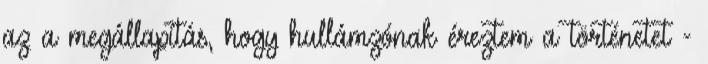
az a megállapítás, hogy hullámzónak éreztem a történetet -